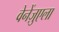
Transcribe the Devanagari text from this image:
वेनेंज़ुएला